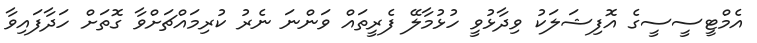
އެމްޓީސީސީގެ އޮފިޝަލަކު ވިދާޅުވީ ހުޅުމާލޭ ފެރީތައް ވަންނަ ނެރު ކުރިމައްޗަށްވާ ގޮތަށް ހަދާފައިވާ